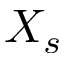
X _ { s }